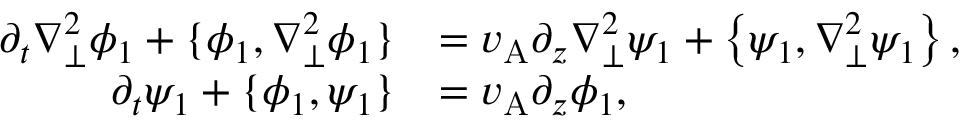
\begin{array} { r l } { \partial _ { t } \nabla _ { \perp } ^ { 2 } \phi _ { 1 } + \{ \phi _ { 1 } , \nabla _ { \perp } ^ { 2 } \phi _ { 1 } \} } & { = v _ { \mathrm { A } } \partial _ { z } \nabla _ { \perp } ^ { 2 } \psi _ { 1 } + \left\{ \psi _ { 1 } , \nabla _ { \perp } ^ { 2 } \psi _ { 1 } \right\} , } \\ { \partial _ { t } \psi _ { 1 } + \{ \phi _ { 1 } , \psi _ { 1 } \} } & { = v _ { \mathrm { A } } \partial _ { z } \phi _ { 1 } , } \end{array}